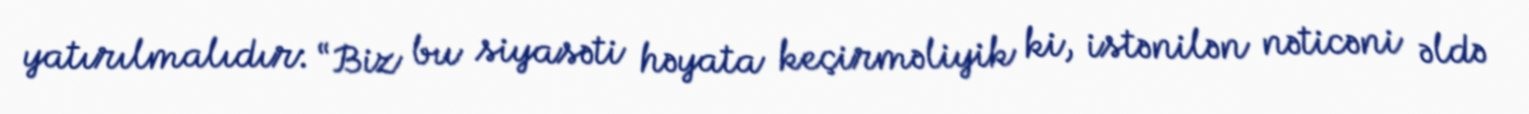
yatırılmalıdır: “Biz bu siyasəti həyata keçirməliyik ki, istənilən nəticəni əldə